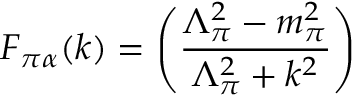
F _ { \pi \alpha } ( k ) = \left( \frac { \Lambda _ { \pi } ^ { 2 } - m _ { \pi } ^ { 2 } } { \Lambda _ { \pi } ^ { 2 } + k ^ { 2 } } \right)